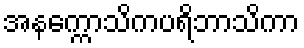
အနက္ကောသိကပရိဘာသိကာ